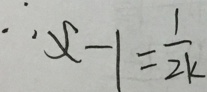
\therefore x - 1 = \frac { 1 } { 2 k }